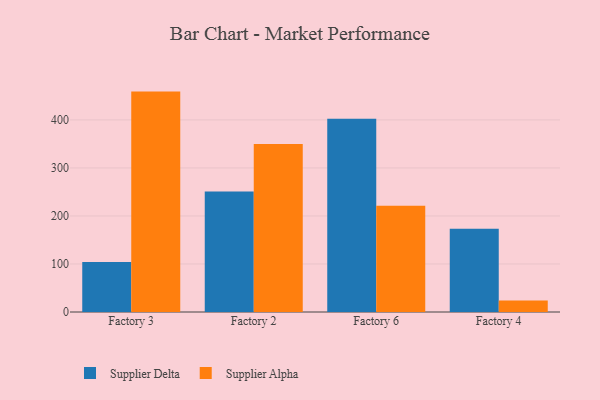
{"axis": {"x": "Factory", "y": "Temperature (°C)"}, "legend": ["Supplier Alpha", "Supplier Delta"], "data": [{"x": "Factory 3", "y": 104.0, "type": "Supplier Delta"}, {"x": "Factory 3", "y": 459.0, "type": "Supplier Alpha"}, {"x": "Factory 2", "y": 250.7, "type": "Supplier Delta"}, {"x": "Factory 2", "y": 349.7, "type": "Supplier Alpha"}, {"x": "Factory 6", "y": 402.4, "type": "Supplier Delta"}, {"x": "Factory 6", "y": 221.2, "type": "Supplier Alpha"}, {"x": "Factory 4", "y": 173.6, "type": "Supplier Delta"}, {"x": "Factory 4", "y": 23.9, "type": "Supplier Alpha"}]}